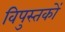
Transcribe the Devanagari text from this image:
विपुस्तकों